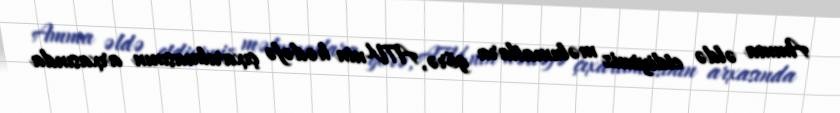
Amma əldə etdiyimiz məlumatlara görə, ATV-nin hədəfə çıxarılmasının arxasında